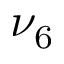
\nu _ { 6 }